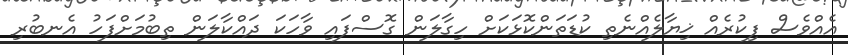
އެއްވެސް ފިކުރެއް ޚިޔާލެއްނެތި ކުޑަތަންކޮޅަކަށް ހިގާލަން ގޮސްފައި ވާހަކަ ދައްކާލަން ތިބުމަށްފަހު އެނބުރި